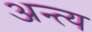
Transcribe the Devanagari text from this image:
अन्‍त्‍य